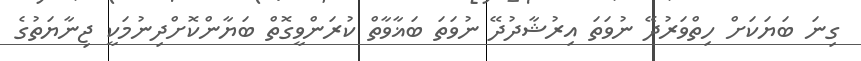
ގިނަ ބަޔަކަށް ހިތްވަރުދޭ ނުވަތަ އިރުޝާދުދޭ ނުވަތަ ބަޣާވާތް ކުރަންވީގޮތް ބަޔާންކޮށްދިނުމަކީ ޖިނާޔަތުގެ